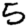
Digit: 5